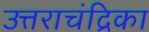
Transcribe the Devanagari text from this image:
उत्तराचंद्रिका